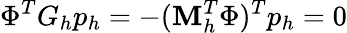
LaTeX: \Phi^{T}G_{h}p_{h}=-(\mathbf{M}_{h}^{T}\Phi)^{T}p_{h}=0